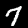
Digit: 7